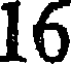
16